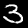
Digit: 3